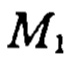
$M_1$